Vital statistics of India. Vol. V, Reports of 1876 on armies & jails and on epidemic cholera
Year: 1876
Disease focus: Cholera
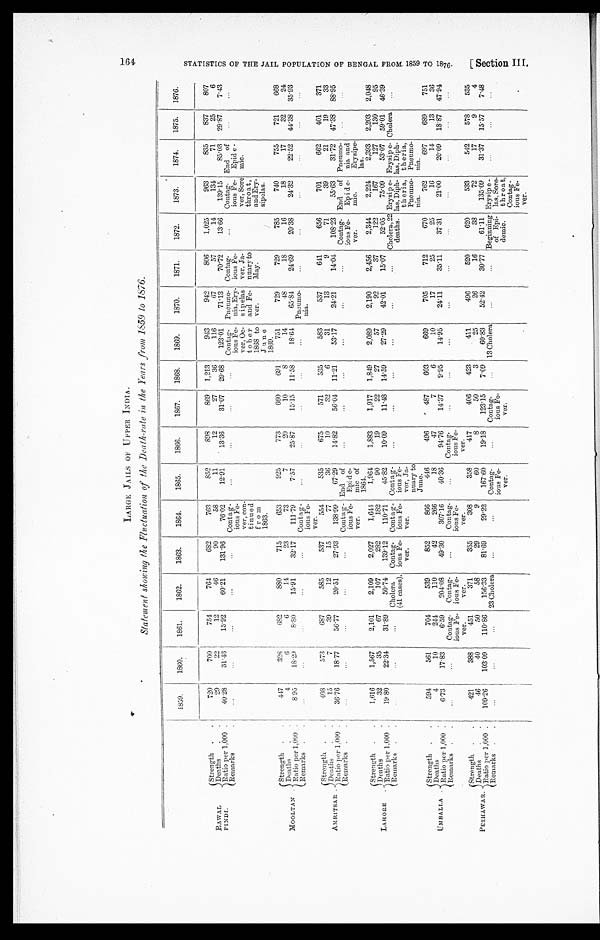
Statement showing the Fluctuation of the Death-rate in the Years from 1859 to 1876.
1859.
1860.
1861.
1862.
1863.
1864.
1865.
1866.
1867.
1868.
1869.
1870.
1871.
1872.
1873.
1874.
1875.
1876.
RAWA L
PINDI.
Strength .
.
720
700
754
764
682
763
852
898
869
1,213
943
942
806
1,025
963
835
837
807
Deaths
.
.
29
22
12
46
90
58
11
12
27
36
116
67
57
14
134
71
25
6
Ratioper 1,000 .
40.28
31.43
15.92
60.21
131.96
76.02
12.91
13.36
31.07
29.68
123.01
71.13
70.72
13.66
139.15
85.03
29.87
7.43
Remarks
.
... ... ... ... ...
Conta g
ious Fe
ver, con
tinued
from
1863.
... ... ... ...
Contag
ious Fe
ver, Oc
tobe r
1868 to
J u n e
1869.
Pneumo
nia, Ery
sipelas
and Fe
ver.
Contag-
ions Fe
ver, Ja
nuary to
May.
...
Contag
ious Fe
ver, Sore
throat,
and Ery
sipelas.
End of
Epide
mic.
... ...
MOOLTAN
.
Strength .
.
447
328
682
880
715
653
925
773
660
691
751
729
729
785
740
755
721
668
Deaths
.
.
4
6
6
14
23
73
7
20
10
8
14
48
18
16
18
17
32
24
Ratio per 1,000 .
8.95
18.29
8.80
15.01
32.17
111.79
7.57
25.87
15.15
11.58
18.64
65.84
24.69
20.38
24.32
22.52
44.38
35.93
Remarks.
.
...
. . .
. . .
. . .
. . .
Contag
ious Fe
ver.
. . .
. . .
. . .
. . .
. . .
Pneumo
nia.
...
...
...
...
. . .
. . .
AMRITSAR .
Strength .
.
408
573
687
585
537
554
535
675
571
535
583
537
611
656
701
662
401
371
Deaths
.
.
15
7
39
12
15
77
36
10
32
6
31
13
9
71
39
21
19
33
R a t 0 i o
p e r 1 , 0 0 0
.
36.76
18.77
56.77
20.51
27.93
138.99
67.29
14.82
56.04 11.21
53.17
24.21
14.04
108.23
55.63
31.72
47.38
88.95
Remarks .
.
. . .
...
. . .
. . .
...
Cont
agious Fe
ver.
End of
Epide
mic of
1864.
. . .
...
...
. . .
...
...
Contag
ious Fe
ver.
End of
Epide
mic.
Pneumo
nia and
Erysipe
las.
. . .
. . .
L AHORE
.
Strength .
.
1,616
1,567
2,101
2,109
2,027
1,641
1,964
1,883
1,917
1,849
2,089
2,190
2,456
2,344
2,224
2,393
2,203
2,048
Deaths
.
32
35
67
107
282
182
90
19
22
27
57
92
37
122
167
127
130
95
R a t i o p e r 1 , 0 0 0 .
19.80
22.34
31.89
50.74
139.12
110.71
45.82
10.09
11.48
14.59
27.29
42.01
15.07
52.05
75.09
53.07
59.01
46.39
'Remarks .
.
. . .
. . .
...
Cholera
(41 cases).
Contag
ious Fe
ver.
Contag
ious Fe
ver.
Conta
gious Fe
ver, Ja
nuary to
June.
. . .
...
. . .
. . .
. . .
. . . Cholera, 22
deaths.
Erysipe
las, Diph
theria,
Pneumo
nia.
Erysipe
las, Diph
theria,
Pneumo
nia.
Cholera
. . .
UMBALLA .
Strength .
.
594
561
704
539
852
866
446
496
487
603
669
705
712
670
762
697
689
751
Deaths
.
4
10
244
110
42
266
18
47
7
6
10
17
25
25
16
14
13
36
Ratio per 1,000 .
6.73
17.83
6.59
204.08
49.30
307.16
40.36
94.76
14.37
9.95
14.95
24.11
35.11
37.31
21.00
20.09
18.87
47.94
Remarks .
.
. . .
...
Contag
ious Fe v e r .
Contag
ious Fe v e r .
. . .
Contag
ious Fe
ver.
...
Cont
agiouns Fever.
. . .
. . .
. . .
. . .
. . .
. . .
. . .
. . .
. . .
. . .
P ESHAWAR.
Strength .
.
421
388
451
371
355
308
358
417
406
423
4 11
496
520
620
533
542
578
535
Deaths
.
.
46
40
50
58
29
9
60
8
50
3
25
26
16
38
72
17
9
4
Ratio per 1,000 .
109.26
103.09
110.86
156.33
81.69
29.22
167.60
19.18
123.15
7.09
60.83
52.42
30.77
61.11
135.09
31.37
15.57
7.48
Remarks .
.
. . .
. . .
. . .
23 Cholera
. . .
. . .
Contag
ious Fe
ver.
.
. . .
Contag
ious Fe
ver.
. . . 13 Cholera
. . .
...
Beginning
of Epi
demic.
Erysipe
las, Sore
throat,
Contag
ious Fe
ver.
. . .
...
...
.
ht>
S T A T I S T I C S O F T H E P O P U L A T I O N O F B E N G A L F R O M 1 8 5 9 T O 1 8 7 6 .
[ Sect i on I I I .